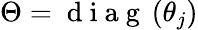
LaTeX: \Theta=\mathrm{~d~i~a~g~}\left(\theta_{j}\right)